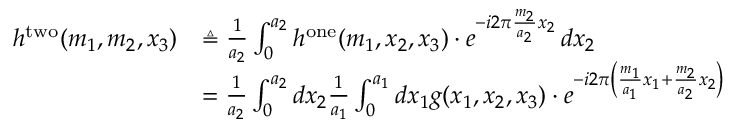
{ \begin{array} { r l } { h ^ { \mathrm { t w o } } ( m _ { 1 } , m _ { 2 } , x _ { 3 } ) } & { \triangleq { \frac { 1 } { a _ { 2 } } } \int _ { 0 } ^ { a _ { 2 } } h ^ { \mathrm { o n e } } ( m _ { 1 } , x _ { 2 } , x _ { 3 } ) \cdot e ^ { - i 2 \pi { \frac { m _ { 2 } } { a _ { 2 } } } x _ { 2 } } \, d x _ { 2 } } \\ & { = { \frac { 1 } { a _ { 2 } } } \int _ { 0 } ^ { a _ { 2 } } d x _ { 2 } { \frac { 1 } { a _ { 1 } } } \int _ { 0 } ^ { a _ { 1 } } d x _ { 1 } g ( x _ { 1 } , x _ { 2 } , x _ { 3 } ) \cdot e ^ { - i 2 \pi \left( { \frac { m _ { 1 } } { a _ { 1 } } } x _ { 1 } + { \frac { m _ { 2 } } { a _ { 2 } } } x _ { 2 } \right) } } \end{array} }